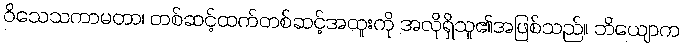
ဝိသေသကာမတာ၊ တစ်ဆင့်ထက်တစ်ဆင့်အထူးကို အလိုရှိသူ၏အဖြစ်သည်။ ဘိယျောက